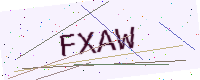
Text: FXAW